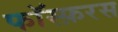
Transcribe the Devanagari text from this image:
फॉस्फ़रस